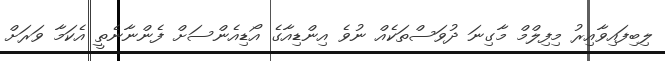
ލިބިފައިވާއިރު މިފިލްމް މާގިނަ ދުވަސްތަކެއް ނުވެ އިންޑިއާގެ އޯޑިއެންސަށް ފެންނާނެތީ އެކަމާ ވަަރަށް